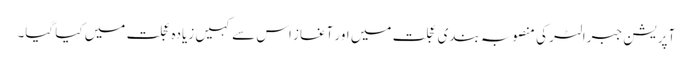
آپریشن جبرالٹر کی منصوبہ بندی عجلت میں اور آغاز اس سے کہیں زیادہ عجلت میں کیا گیا۔